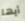
أيها